Vaccination in Burma 1900-1911 - 1900-1911
Year: 1900
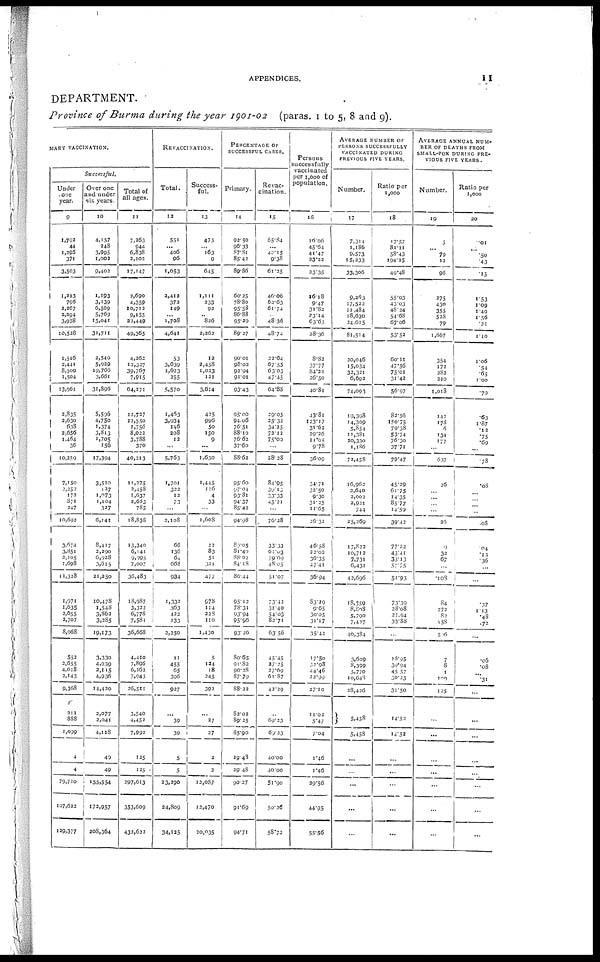
APPENDICES.
11
DEPARTMENT.
Province of Burma during the year 1901-02 (paras. 1 to 5, 8 and 9).
MARY VACCINATION.
Successful.
Under
one
year.
9
1,792
44
1,295
371
3,503
1,213
796
2,267
2,294
3,958
10,528
1,516
2,441
8,500
1,504
13,961
2,835
2,630
638
2,656
1,464
36
10,259
7,150
2,258 172
871
247
10,692
3,674
3,851
2,105
1,698
11,328
1,971
1,635
2,655
2,707
8,968
552
2,655
4,018
2,143
9,368
211
888
1,099
4
4
79,710
107,622
129,377
Over one
and under
six years.
10
4,157
248
3,995
1,002
9,402
1,193
3,139
6,569
5,769
15,041
31,711
2,540
5,929
19,766
3,661
31,896
5,596
4,750
1,374
3,813
1,705
156
17,394
3,510
127
1,073
1,104
327
6,141
8,417
2,290
6,928
3,615
21,250
10,478
1,543
3,862
3,285
19,173
3,330
4,039
2,115
4,936
14,420
2,077
2,041
4,118
49
49
155,554
172,957
208,364
Total of
all ages.
11
7,263
944
6,838
2,102
17,147
2,690
4,359
10,712
9,155
22,449
49,365
4,262
12,327
39,767
7,915
64,271
12,727
12,550
2,756
8,022
3,788
370
40,213
11,275
2,458
1,637
2,683
785
18,838
13,340
6,141
9,995
7,007
36,483
18,987
3,322
6,778
7,581
36,668
4,410
7,896
6,262
7,943
26,511
3,540
4,452
7,992
125
125
297,613
353,609
432,622
REVACCINATION.
Total.
12
551
...
406
96
1,053
2,412
372
149
...
1,708
4,641
53
3,639
1,623
255
5,570
1,463
3,934
146
208
12
...
5,763
1,701
322
12
73
...
2,108
66
136
64
668
934
1,332
363
422
133
2,250
11
455
65
396
927
...
39
39
5
5
23,290
24,809
34,125
Success-
ful.
13
473
...
163
9
645
1,111
233
92
...
826
2,262
12
2,458
1,023
121
3,614
425
996
50
150
9
...
1,630
1,445
126
4
33
...
1,608
22
83
51
321
477
978
114
228
110
1,430
5
124
18
245
392
...
27
27
2
2
12,087
12,470
20,035
PERCENTAGE OF
SUCCESSFUL CASES.
Primary.
14
92.50
96.33
87.81
85.42
89.86
60.25
78.80
95.58
86.88
95.39
89.27
90.01
98.02
92.94
91.01
93.43
95.00
94.06
76.51
88.10
76.62
37.60
88.62
95.60
97.04
93.81
94.37
85.42
94.18
80.05
31.40
88.02
84.18
86.44
95.12
78.31
93.94
95.96
93.26
80.65
91.82
90.28
87.79
88.22
82.02
89.25
85.90
29.48
29.48
90.27
91.69
94.71
Re vac-
cination.
15
85.84
...
40.15
9.38
61.25
46.06
62.63
61.74
...
48.36
48.74
22.64
67.55
63.03
47.45
64.88
29.05
25.32
34.25
72.12
75.00
...
28.28
84.95
39.13
33.33
45.21
...
76.28
33.33
61.03
79.69
48.05
51.07
73.42
31.40
54.03
82.71
63.56
45.45
27.25
27.69
61.87
42.29
...
69.23
69.23
40.00
40.00
51.90
50.26
58.72
Persons
successfully
vaccinated
per 1,000 of
population.
16
16.06
45.64
41.47
23.22
23.35
16.18
9.47
31.82
23.14
63.63
28.36
8.82
37.77
84.21
26.50
40.81
43.81
123.17
31.62
29.26
11.05
9.78
36.09
34.71
32.50
9.30
31.25
11.65
26.32
46.58
22.02
36.35
47.41
36.94
83.29
9.65
30.05
31.17
35.42
17.50
32.98
44.46
22.99
27.10
11.02
5.47
7.04
1.46
1.46
29.56
44.95
55.56
AVERAGE NUMBER OF
PERSONS SUCCESSFULLY
VACCINATED DURING
PREVIOUS FIVE YEARS.
Number.
17
7,314
1,186
9,573
15,233
33,306
9,263
17,522
11,484
18,630
24,615
81,514
20,046
15,034
32,321
6,692
74,093
19,398
14,309
5,854
11,381
20,330
1,186
72,458
16,962
2,640
2,002
2,921
744
25,269
17,822
10,712
7,731
6,431
42,696
18,359
8,808
5,790
7,427
40,384
3,609
8,399
5,770
10,648
28,426
5,458
5,458
...
...
...
...
...
Ratio per
1,000
18
17.57
81.11
58.43
194.25
49.48
55.03
43.03
48.24
54.68
67.06
53.52
60.11
47.56
75.01
31.43
56.97
82.56
150.75
79.38
53.74
76.30
37.71
79.47
45.29
61.75
14.35
85.77
14.59
39.42
77.22
43.41
33.13
57.75
51.93
73.39
28.08
27.94
33.88
...
16.95
39.94
45.57
30.25
31.50
14.52
14.52
...
...
...
...
...
AVERAGE ANNUAL NUM-
BER OF DEATHS FROM
SMALL-POX DURING PRE-
VIOUS FIVE YEARS.
Number.
19
5
... 79
12
96
275
430
355
538
79
1,667
354
172
282
210
1,018
142
178
6
134
177
...
637
26
...
...
...
...
26
0
32
67
...
.108
84
272
82
158
506
7
8
1
100
125
...
...
...
...
...
...
...
Ratio per
1,000
20
.01
... .50
.43
.15
1.53
1.09
1.49
1.56
.21
1.10
1.06
.54
.65
1.00
.79
.63
1.87
.12
.75 .69
...
.78
.08
...
...
...
...
.08
.04
.13
.36
...
...
.37
1.13
.48
.72
...
.06
.08
...
.31
...
...
...
...
...
...
...
...